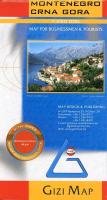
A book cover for Montenegro Road Map (English and French Edition); Gizella Bassa; Travel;